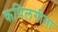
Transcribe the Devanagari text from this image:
कपिलगीता